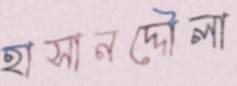
হাসানদ্দৌলা